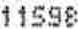
11598